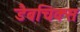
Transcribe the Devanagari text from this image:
डैबचिक्स